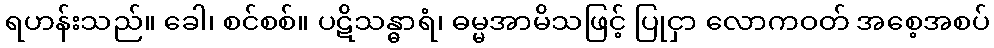
ရဟန်းသည်။ ခေါ၊ စင်စစ်။ ပဋိသန္ဓာရံ၊ ဓမ္မအာမိသဖြင့် ပြုငှာ လောကဝတ် အစေ့အစပ်